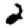
Digit: 2